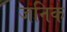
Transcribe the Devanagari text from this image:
जनिक